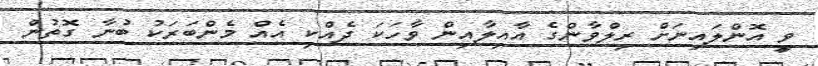
ވީ އޮންލައިނަށް ރިލްވާންގެ އާއިލާއިން ވާހަކަ ދެއްކި އެއް މެންބަރަކު ބުނާ ގޮތުން